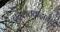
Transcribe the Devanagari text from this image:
दहशतवादाचेही